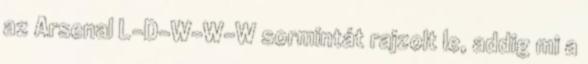
az Arsenal L-D-W-W-W sormintát rajzolt le, addig mi a